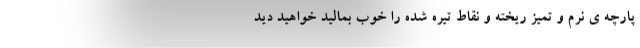
پارچه ی نرم و تمیز ریخته و نقاط تیره شده را خوب بمالید خواهید دید